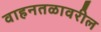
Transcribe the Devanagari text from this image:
वाहनतळावरील